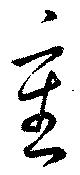
重